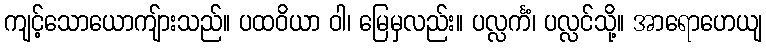
ကျင့်သောယောကျ်ားသည်။ ပထဝိယာ ဝါ၊ မြေမှလည်း။ ပလ္လင်္ကံ၊ ပလ္လင်သို့။ အာရောဟေယျ